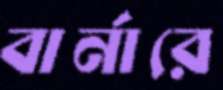
বার্নারে